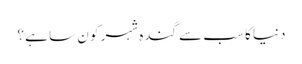
دنیا کا سب سے گندہ شہر کو ن سا ہے ؟